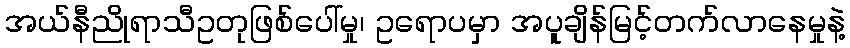
အယ်နီညိုရာသီဥတုဖြစ်ပေါ်မှု၊ ဥရောပမှာ အပူချိန်မြင့်တက်လာနေမှုနဲ့